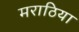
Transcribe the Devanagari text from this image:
मराठिया